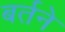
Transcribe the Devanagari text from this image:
बर्तने